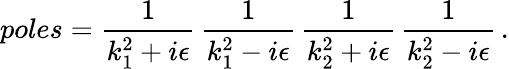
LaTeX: poles=\frac{1}{k_{1}^{2}+i\epsilon}\, \frac{1}{k_{1}^{2}-i\epsilon}\, \frac{1}{k_{2}^{2}+i\epsilon}\, \frac{1}{k_{2}^{2}-i\epsilon}\, .